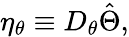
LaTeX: \eta_{\theta}\equiv D_{\theta}\hat{\Theta},